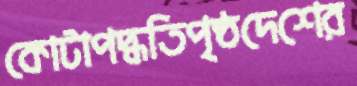
কোটাপদ্ধতিপৃষ্ঠদেশের